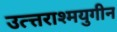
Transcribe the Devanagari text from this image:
उत्त्तराश्मयुगीन